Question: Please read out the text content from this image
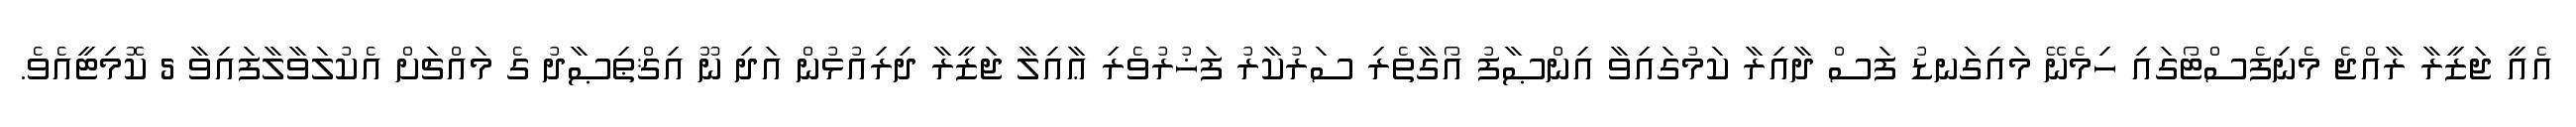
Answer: އެއީ ޖަޒީރާ ރާއްޖެ މެނިފެސްޓޯގައި ހިމެނޭ މައިގަނޑު ފަސް ދާއިރާ ކަމުގައިވާ އިންޞާފު އޯގާތެރި ސަރުކާރު ފަޚުރުވެރި ޢާއިލާ ޖަޒީރާ ދިރިއުޅުން އަދި ނޫ އިޤްޠިޞާދު ގެ މައްޗަށް އެކުލަވާލާފައިވާ 5 ކޮމިޓީއެވެ.